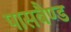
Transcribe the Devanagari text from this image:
पासबैण्ड